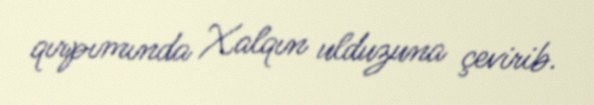
qırpımında Xalqın ulduzuna çevirib.